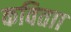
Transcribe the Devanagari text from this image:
कविताा